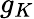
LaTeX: g_{K}